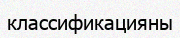
классификацияны